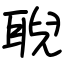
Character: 聣